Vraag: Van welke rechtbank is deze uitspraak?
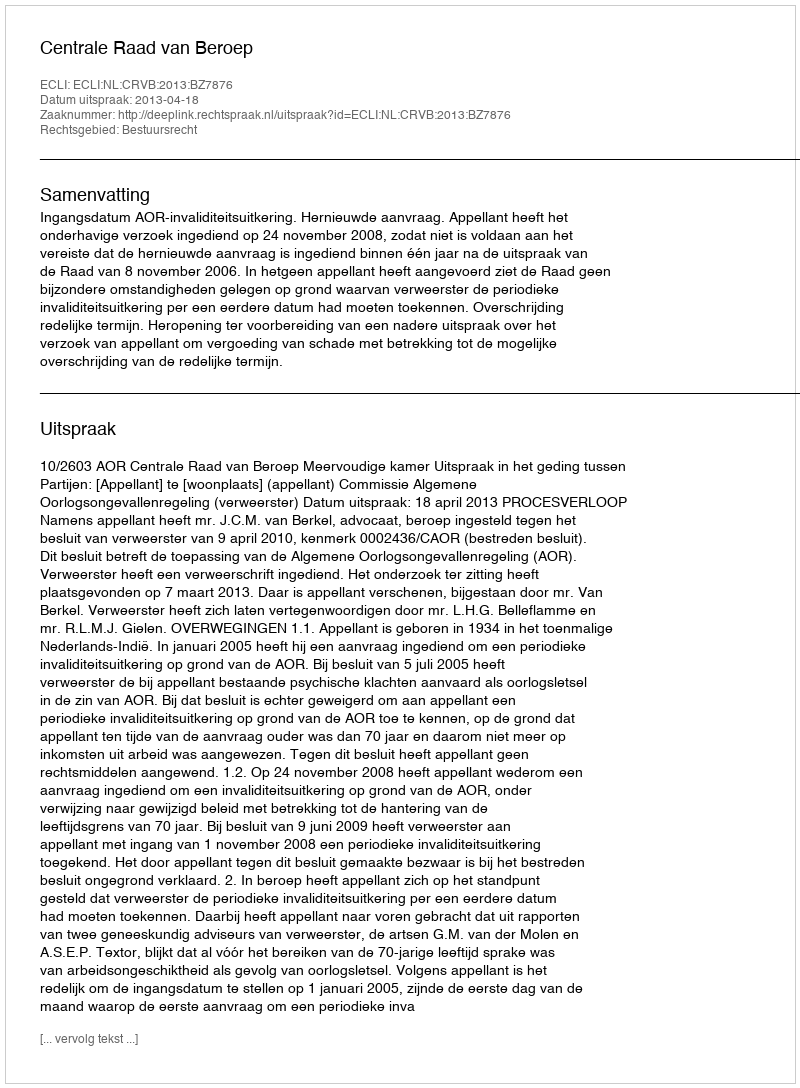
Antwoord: Centrale Raad van Beroep